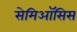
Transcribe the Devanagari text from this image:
सेमिऑसिस